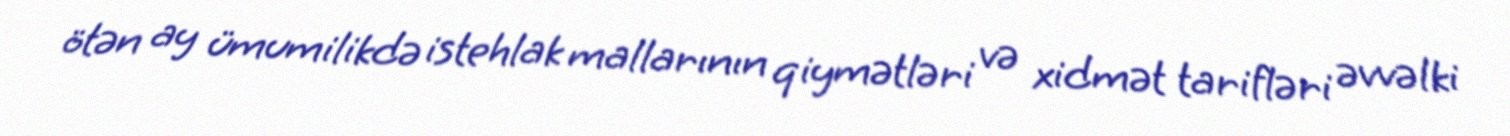
ötən ay ümumilikdə istehlak mallarının qiymətləri və xidmət tarifləri əvvəlki